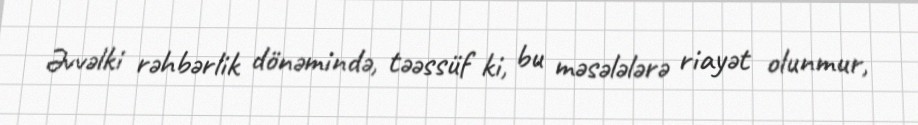
Əvvəlki rəhbərlik dönəmində, təəssüf ki, bu məsələlərə riayət olunmur,